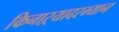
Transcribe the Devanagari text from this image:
किनाऱ्यादरम्यान